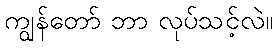
ကျွန်တော် ဘာ လုပ်သင့်လဲ။